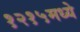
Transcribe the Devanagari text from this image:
१२१५मध्ये